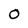
Character: 0